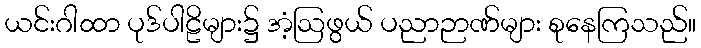
ယင်းဂါထာ ပုဒ်ပါဠိများ၌ အံ့ဩဖွယ် ပညာဉာဏ်များ စုနေကြသည်။